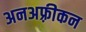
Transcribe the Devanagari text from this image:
अनअफ़्रीकन